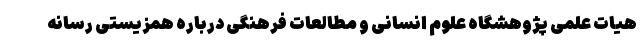
هیات علمی پژوهشگاه علوم انسانی و مطالعات فرهنگی درباره همزیستی رسانه